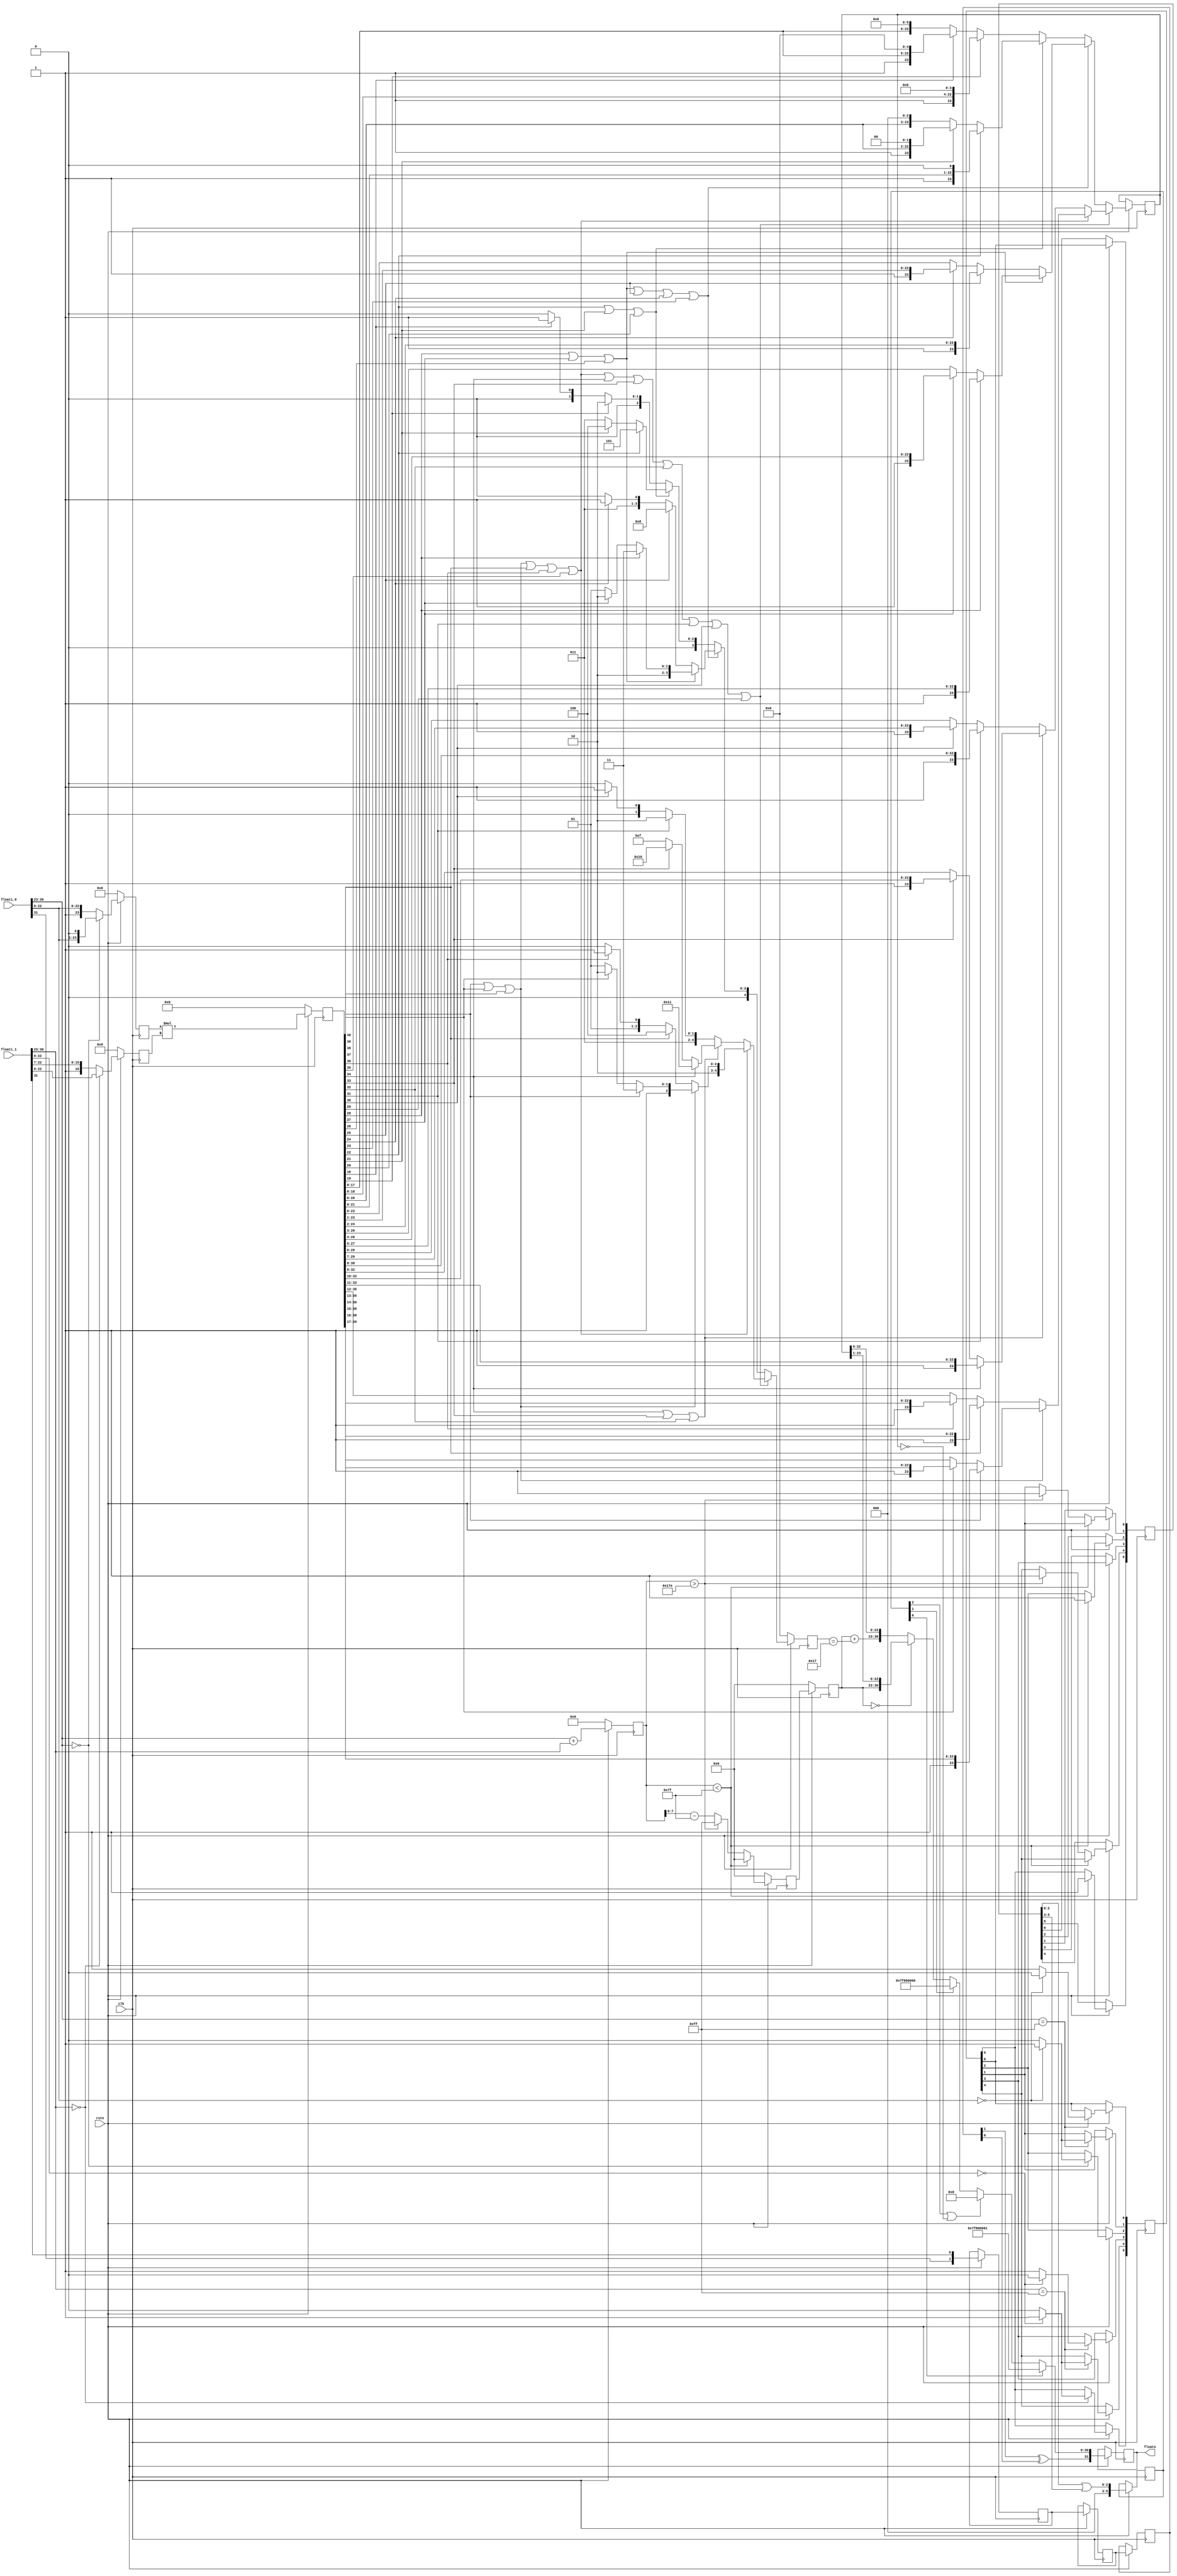
module fp32_mult (input [31:0] floati_0, input [31:0] floati_1, input rstn, input clk,
        output [31:0] floato);
    // Multiplies 2 IEEE-754 32-bit fl0ating p0int numbers. Optimized for Xilinx DSP48 slice architecture (24x17-bit unsigned multiplication capability)
    // Because of performance optimizations for Xilinx hardware, will not have bit-perfect results (comparable to -fast_math on CUDA systems, probably less accurate)
    // Discards least-significant 7 bits of floati_1
    reg [31:0] floato_reg;
    reg [1:0] negative [2:0];
    reg [23:0] mant_0;
    reg [16:0] mant_1;
    reg [8:0] expsum [2:0];
    reg [40:0] mantprod;
    reg [23:0] shiftoutput;
    reg [1:0] lownums [2:0];
    reg [5:0] nan_inf_zero [2:0];
    reg [4:0] shiftby;


    always @(posedge clk) begin
        if (rstn == 1'b0) begin
            expsum[0] <= 9'b0;
            expsum[1] <= 9'b0;
            expsum[2] <= 9'b0;
            mantprod <= 41'b0;
            mant_0 <= 24'b0;
            mant_1 <= 17'b0;
            lownums[0] <= 2'b0;
            lownums[1] <= 2'b0;
            lownums[2] <= 2'b0;
            shiftby <= 5'b0;
        end
        else begin
            // stage 1
            if (floati_0[30:23] == 8'b0) begin  // denormalized
                if (floati_0[22:0] == 23'b0)
                    nan_inf_zero[0][2] <= 1'b1;
                else
                    nan_inf_zero[0][2] <= 1'b0;
                mant_0 <= {floati_0[22:0], 1'b0};
                lownums[0][0] <= 1'b1;
            end
            else begin // normalized
                mant_0 <= {1'b1, floati_0[22:0]};
                lownums[0][0] <= 1'b0;
            end
            if (floati_1 [30:23] == 8'b0) begin // denormalized
                if (floati_1[22:0] == 23'b0)
                    nan_inf_zero[0][5] <= 1'b1;
                else
                    nan_inf_zero[0][5] <= 1'b0;
                mant_1 <= floati_1[22:6];
                lownums[0][1] <= 1'b1;
            end
            else begin // normalized
                mant_1 <= {1'b1, floati_1[22:7]};
                lownums[0][1] <= 1'b0;
            end
            if (floati_0[30:23] == 8'b1111_1111) begin
                if (floati_0[22:0] == 23'b0) begin
                    nan_inf_zero[0][1] <= 1;
                    nan_inf_zero[0][0] <= 0;
                end
                else begin
                    nan_inf_zero[0][1] <= 0;
                    nan_inf_zero[0][0] <= 1;
                end
            end
            if (floati_1[30:23] == 8'b1111_1111) begin
                if (floati_1[22:0] == 23'b0) begin
                    nan_inf_zero[0][4] <= 1;
                    nan_inf_zero[0][3] <= 0;
                end
                else begin
                    nan_inf_zero[0][4] <= 0;
                    nan_inf_zero[0][3] <= 1;
                end
            end
            negative[0] <= {floati_0[31], floati_1[31]};
            expsum[0] <= floati_0[30:23] + floati_1[30:23]; // adds the exponents, nothing fancy here
            // at this point, mantissas are ready for multiplication, and exponents are added
            // lownums represents whether either of the exponents are in non-normalized mode
            // we don't have to worry about them both being non-normalized since that results in underflow anyway
            // end stage 1
            // stage 2
            lownums[1] <= lownums[0];
            mantprod <= mant_0 * mant_1;
            if (expsum[0] < 9'd127) begin
                expsum[1] <= 9'd0;
                {nan_inf_zero[1][2], nan_inf_zero[1][5]} <= 2'b11;
                {nan_inf_zero[1][4:3], nan_inf_zero[1][1:0]} <= {nan_inf_zero[0][4:3], nan_inf_zero[0][1:0]};
                // underflow (result should be 0)
            end
            else if (expsum[0] > 9'd382) begin // 382 == 255 + 127
                expsum[1] <= 9'd255;
                {nan_inf_zero[1][1], nan_inf_zero[1][4]} <= 2'b11;
                {nan_inf_zero[1][5], nan_inf_zero[1][3:2], nan_inf_zero[1][0]} <= {nan_inf_zero[0][5], nan_inf_zero[0][3:2], nan_inf_zero[0][0]};
                // overflow (result should be INF)
            end
            else begin
                expsum[1] <= expsum[0] - 9'd127;
                nan_inf_zero[1] <= nan_inf_zero[0];
            end
            negative[1] <= negative[0];
            // product of mantissas is now computed, and expsum[1] is corrected for overflow / underflow
            // nan_inf_zero now correctly represents corner cases of float multiplication
            // end stage 2
            // begin stage 3

            // find leading 1 in mantprod -- uses 3-layer binary search and combinatorial logic to find leading 1
            // only looks in uppermost 24 bits since if the leading 1 is lower than that, we can assume the resulting float is 0 anyway
            // puts shifted result in shiftoutput, appending with zeros where necessary


            if (mantprod[40] || mantprod[39] || mantprod[38] || mantprod[37] || mantprod[36] || mantprod[35] || mantprod[34] || mantprod[33] || mantprod[32] || mantprod[31] || mantprod[30] || mantprod[29] == 1'b1) begin
                // leading 1 is in upper 12 bits of search area
                if (mantprod[40] || mantprod[39] || mantprod[38] || mantprod[37] || mantprod[36] || mantprod[35] == 1'b1) begin
                    // leading 1 is in topmost 6 bits of search area
                    if (mantprod[40] || mantprod[39] || mantprod[38] == 1'b1) begin
                        // leading 1 is in topmost 3 bits of search area
                        if (mantprod[40] == 1'b1) begin
                            shiftby <= 5'd23;
                            shiftoutput <= mantprod[40:17];
                        end
                        else if (mantprod[39] == 1'b1) begin
                            shiftby <= 5'd22;
                            shiftoutput <= mantprod[39:16];
                        end
                        else begin
                            shiftby <= 5'd21;
                            shiftoutput <= mantprod[38:15];
                        end
                    end
                    else begin
                    // leading 1 is in second to top 3 bits of search area
                        if (mantprod[37] == 1'b1) begin
                            shiftby <= 5'd20;
                            shiftoutput <= mantprod[37:14];
                        end
                        else if (mantprod[36] == 1'b1) begin
                            shiftby <= 5'd19;
                            shiftoutput <= mantprod[36:13];
                        end
                        else begin
                            shiftby <= 5'd18;
                            shiftoutput <= mantprod[35:12];
                        end
                    end
                end
                else begin
                    // leading 1 is in second to top 6 bits of search area
                    if (mantprod[34] || mantprod[33] || mantprod[32] == 1'b1) begin
                        // leading 1 is in 3rd to topmost 3 bits of search area
                        if (mantprod[34] == 1'b1) begin
                            shiftby <= 5'd17;
                            shiftoutput <= mantprod[34:11];
                        end
                        else if (mantprod[33] == 1'b1) begin
                            shiftby <= 5'd16;
                            shiftoutput <= mantprod[33:10];
                        end
                        else begin
                            shiftby <= 5'd15;
                            shiftoutput <= mantprod[32:9];
                        end
                    end
                    else begin
                        // leading 1 is in 4th to topmost 3 bits of search area
                        if (mantprod[31] == 1'b1) begin
                            shiftby <= 5'd14;
                            shiftoutput <= mantprod[31:8];
                        end
                        else if (mantprod[30] == 1'b1) begin
                            shiftby <= 5'd13;
                            shiftoutput <= mantprod[30:7];
                        end
                        else begin
                            shiftby <= 5'd12;
                            shiftoutput <= mantprod[29:6];
                        end
                    end
                end
            end
            else begin
                // leading 1 is in lower 12 bits of search area
                if (mantprod[28] || mantprod[27] || mantprod[26] || mantprod[25] || mantprod[24] || mantprod[23] == 1'b1) begin
                    // leading 1 is in 2nd to lowest 6 bits of search area
                    if (mantprod[28] || mantprod[27] || mantprod[26] == 1'b1) begin
                        // leading 1 is in 4th to lowest 3 bits of search area
                        if (mantprod[28] == 1'b1) begin
                            shiftby <= 5'd11;
                            shiftoutput <= mantprod[28:5];
                        end
                        else if (mantprod[27] == 1'b1) begin
                            shiftby <= 5'd10;
                            shiftoutput <= mantprod[27:4];
                        end
                        else begin
                            shiftby <= 5'd9;
                            shiftoutput <= mantprod[26:3];
                        end
                    end
                    else begin
                    // leading 1 is in 3rd to lowest 3 bits of search area
                        if (mantprod[25] == 1'b1) begin
                            shiftby <= 5'd8;
                            shiftoutput <= mantprod[25:2];
                        end
                        else if (mantprod[24] == 1'b1) begin
                            shiftby <= 5'd7;
                            shiftoutput <= mantprod[24:1];
                        end
                        else begin
                            shiftby <= 5'd6;
                            shiftoutput <= mantprod[23:0];
                        end
                    end
                end
                else begin
                    // leading 1 is in lowest 6 bits of search area
                    if (mantprod[22] || mantprod[21] || mantprod[20] == 1'b1) begin
                        // leading 1 is in 2nd to lowest 3 bits of search area
                        if (mantprod[22] == 1'b1) begin
                            shiftby <= 5'd5;
                            shiftoutput <= {mantprod[22:0], 1'b0};
                        end
                        else if (mantprod[21] == 1'b1) begin
                            shiftby <= 5'd4;
                            shiftoutput <= {mantprod[21:0], 2'b0};
                        end
                        else begin
                            shiftby <= 5'd3;
                            shiftoutput <= {mantprod[20:0], 3'b0};
                        end
                    end
                    else begin
                        // leading 1 is in lowest 3 bits of search area
                        if (mantprod[19] == 1'b1) begin
                            shiftby <= 5'd2;
                            shiftoutput <= {mantprod[19:0], 4'b0};
                        end
                        else if (mantprod[18] == 1'b1) begin
                            shiftby <= 5'd1;
                            shiftoutput <= {mantprod[18:0], 5'b0};
                        end
                        else begin
                            shiftby <= 5'd0;
                            shiftoutput <= {mantprod[17:0], 6'b0};
                        end
                    end
                end
            end
            nan_inf_zero[2] <= {3'b0, (nan_inf_zero[1][2:0] | nan_inf_zero[1][5:3])};
            negative[2] <= negative[1];
            expsum[2] <= expsum[1];
            //end stage 3
            //stage 4
            //depending on nan_inf_zero, apply the correcct mantissa to the output register

            if (nan_inf_zero[2][0] == 1'b1) begin // output is nan
                floato_reg <= {(negative[2][1] ^ negative[2][0]), 31'b111_1111_1000_0000_0000_0000_0000_0001};
            end
            else if (nan_inf_zero[2][2] == 1'b1 || shiftoutput == 24'h000000) begin // output is zero TODO: add post_multiply underflow check -- I think it's covered now
                floato_reg <= {(negative[2][1] ^ negative[2][0]), 31'd0};
            end
            else if (nan_inf_zero[2][1] == 1'b1) begin // output is inf
                floato_reg <= {(negative[2][1] ^ negative[2][0]), 31'b111_1111_1000_0000_0000_0000_0000_0000};
            end
            else if (expsum[2][7:0] == 8'h00) begin // TODO: denormalize output from multiplication result
                floato_reg <= {(negative[2][1] ^ negative[2][0]), expsum[2][7:0], shiftoutput[23:1]};
            end
            else begin
                floato_reg <= {(negative[2][1] ^ negative[2][0]), (expsum[2][7:0] + {7'd0, shiftby == 5'd23}), shiftoutput[22:0]};
            end
        end
    end
    assign floato = floato_reg;
endmodule // fp32_mult